Annual administration report of the Civil Veterinary Department of India - 1894-1895
Year: 1894
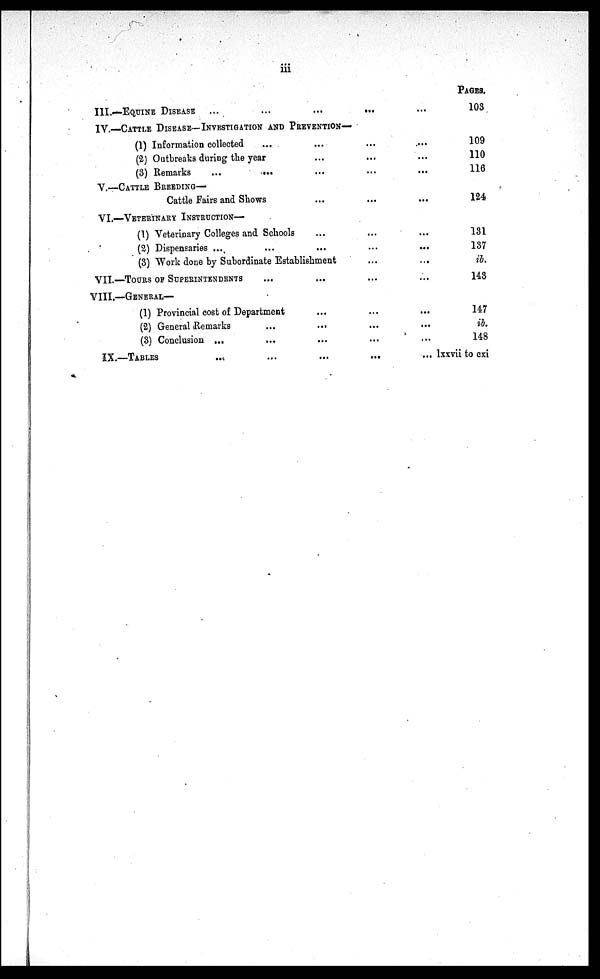
iii
III.—EQUINE
DISEASE
...
...
...
...
...
PAGES.
103
IV.—CATTLE DISEASE—INVESTIGATION AND PREVENTION—
(1) Information collected
...
...
...
...
(2) Outbreaks during the year
...
...
...
(3) Remarks
...
...
...
...
...
109
110
116
V.—CATTLE BREEDING—
Cattle Fairs and Shows
...
...
...
124
VI.—VETERINARY INSTRUCTION—
(1) Veterinary Colleges and Schools
...
...
...
(2) Dispensaries ...
...
...
... ...
(3) Work done by Subordinate Establishment
...
...
VII.—TOURS OF SUPERINTENDENTS... ...
...
...
131
137
ib.
143
VIII.—GENERAL—
(1) Provincial cost of Department
...
... ...
(2) General
Remarks
...
...
...
...
(3) Conclusion ...
...
...
...
...
IX.—TABLES
...
...
...
...
...
147
ib.
148
lxxvii to cxi